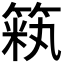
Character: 𫂏